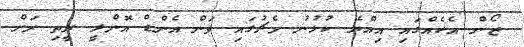
ޒޯން އެކެއްގައި އިއްޔެ ކުޅުނު މެޗުގައި ވަން އެންޑް އޮންލީ ރީތި ރަށް